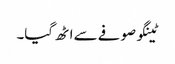
ٹینگو صوفے سے اٹھ گیا۔